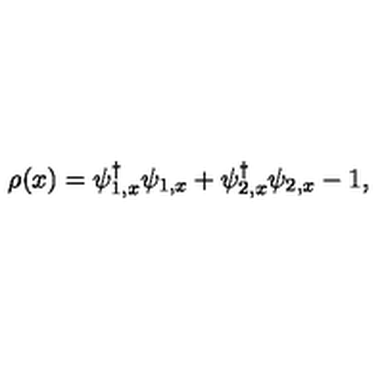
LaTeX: \rho ( x ) = \psi _ { 1 , x } ^ { \dag } \psi _ { 1 , x } + \psi _ { 2 , x } ^ { \dag } \psi _ { 2 , x } - 1 ,